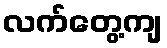
လက်တွေ့ကျ